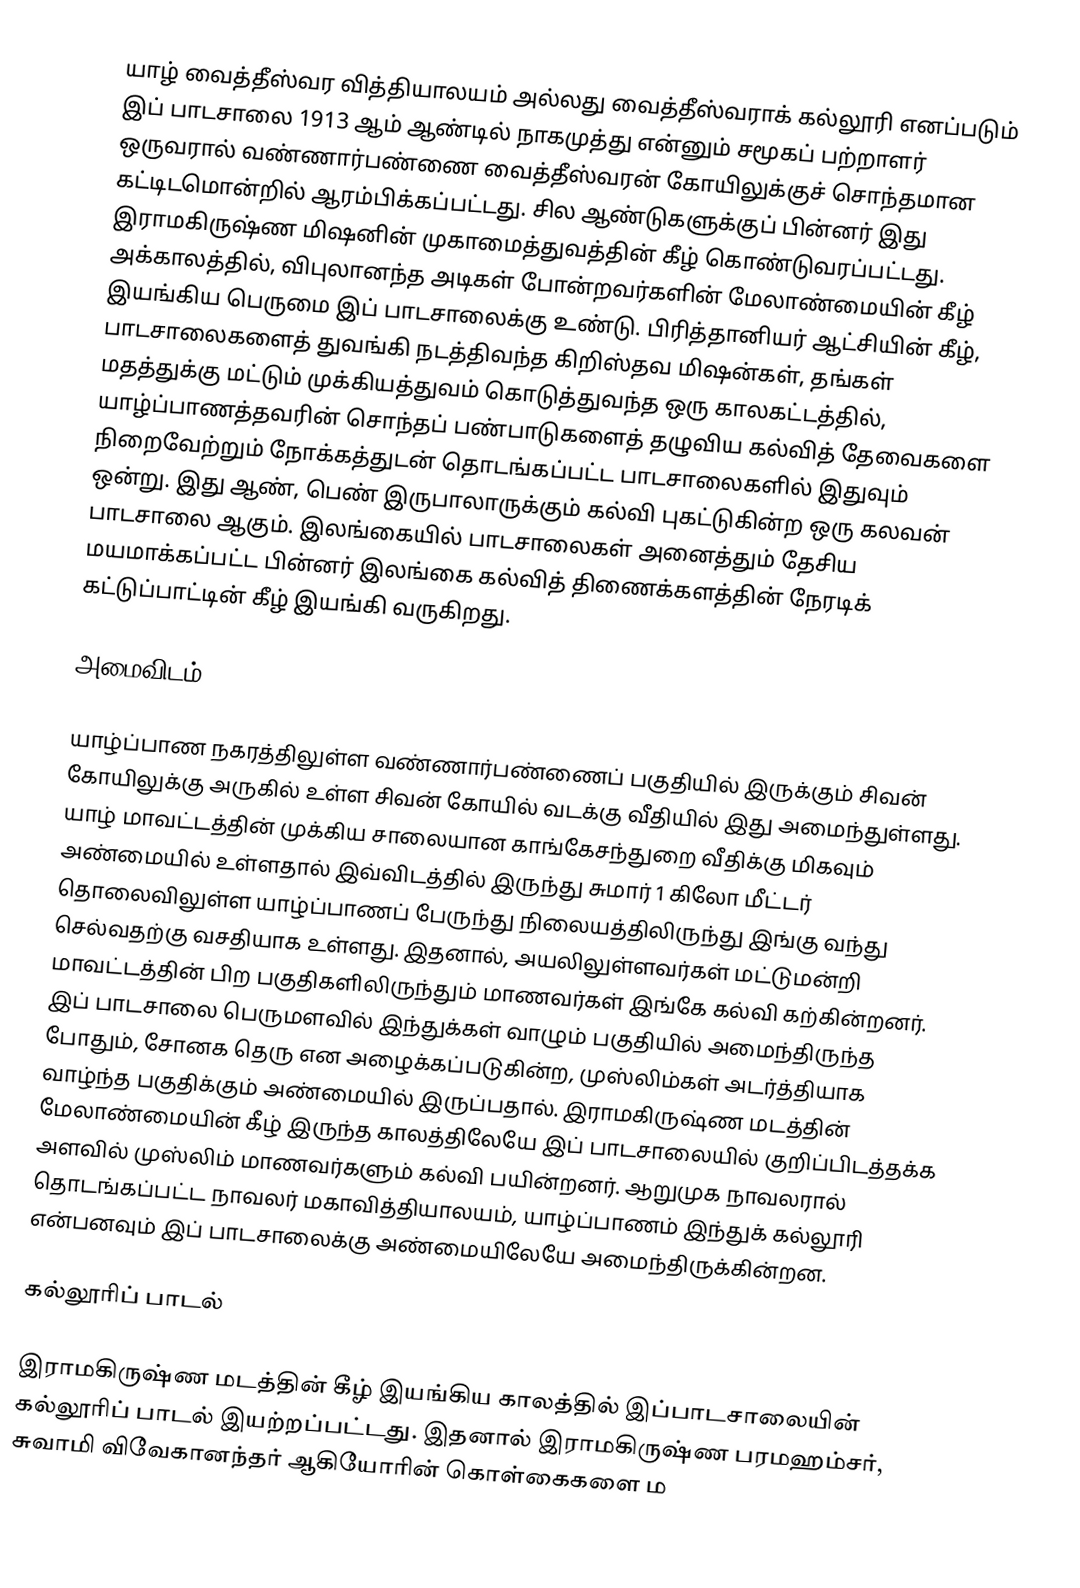
யாழ் வைத்தீஸ்வர வித்தியாலயம் அல்லது வைத்தீஸ்வராக் கல்லூரி எனப்படும் இப் பாடசாலை 1913 ஆம் ஆண்டில் நாகமுத்து என்னும் சமூகப் பற்றாளர் ஒருவரால் வண்ணார்பண்ணை வைத்தீஸ்வரன் கோயிலுக்குச் சொந்தமான கட்டிடமொன்றில் ஆரம்பிக்கப்பட்டது. சில ஆண்டுகளுக்குப் பின்னர் இது இராமகிருஷ்ண மிஷனின் முகாமைத்துவத்தின் கீழ் கொண்டுவரப்பட்டது. அக்காலத்தில், விபுலானந்த அடிகள் போன்றவர்களின் மேலாண்மையின் கீழ் இயங்கிய பெருமை இப் பாடசாலைக்கு உண்டு. பிரித்தானியர் ஆட்சியின் கீழ், பாடசாலைகளைத் துவங்கி நடத்திவந்த கிறிஸ்தவ மிஷன்கள், தங்கள் மதத்துக்கு மட்டும் முக்கியத்துவம் கொடுத்துவந்த ஒரு காலகட்டத்தில், யாழ்ப்பாணத்தவரின் சொந்தப் பண்பாடுகளைத் தழுவிய கல்வித் தேவைகளை நிறைவேற்றும் நோக்கத்துடன் தொடங்கப்பட்ட பாடசாலைகளில் இதுவும் ஒன்று.  இது ஆண், பெண் இருபாலாருக்கும் கல்வி புகட்டுகின்ற ஒரு கலவன் பாடசாலை ஆகும். இலங்கையில் பாடசாலைகள் அனைத்தும் தேசிய மயமாக்கப்பட்ட பின்னர் இலங்கை கல்வித் திணைக்களத்தின் நேரடிக் கட்டுப்பாட்டின் கீழ் இயங்கி வருகிறது.

அமைவிடம்

யாழ்ப்பாண நகரத்திலுள்ள வண்ணார்பண்ணைப் பகுதியில் இருக்கும் சிவன் கோயிலுக்கு அருகில் உள்ள சிவன் கோயில் வடக்கு வீதியில் இது அமைந்துள்ளது. யாழ் மாவட்டத்தின் முக்கிய சாலையான காங்கேசந்துறை வீதிக்கு மிகவும் அண்மையில் உள்ளதால் இவ்விடத்தில் இருந்து சுமார் 1 கிலோ மீட்டர் தொலைவிலுள்ள யாழ்ப்பாணப் பேருந்து நிலையத்திலிருந்து இங்கு வந்து செல்வதற்கு வசதியாக உள்ளது. இதனால், அயலிலுள்ளவர்கள் மட்டுமன்றி மாவட்டத்தின் பிற பகுதிகளிலிருந்தும் மாணவர்கள் இங்கே கல்வி கற்கின்றனர். இப் பாடசாலை பெருமளவில் இந்துக்கள் வாழும் பகுதியில் அமைந்திருந்த போதும், சோனக தெரு என அழைக்கப்படுகின்ற, முஸ்லிம்கள் அடர்த்தியாக வாழ்ந்த பகுதிக்கும் அண்மையில் இருப்பதால். இராமகிருஷ்ண மடத்தின் மேலாண்மையின் கீழ் இருந்த காலத்திலேயே இப் பாடசாலையில் குறிப்பிடத்தக்க அளவில் முஸ்லிம் மாணவர்களும் கல்வி பயின்றனர். ஆறுமுக நாவலரால் தொடங்கப்பட்ட நாவலர் மகாவித்தியாலயம், யாழ்ப்பாணம் இந்துக் கல்லூரி என்பனவும் இப் பாடசாலைக்கு அண்மையிலேயே அமைந்திருக்கின்றன.

கல்லூரிப் பாடல்

இராமகிருஷ்ண மடத்தின் கீழ் இயங்கிய காலத்தில் இப்பாடசாலையின் கல்லூரிப் பாடல் இயற்றப்பட்டது. இதனால் இராமகிருஷ்ண பரமஹம்சர், சுவாமி விவேகானந்தர் ஆகியோரின் கொள்கைகளை ம